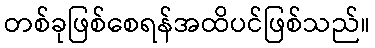
တစ်ခုဖြစ်စေရန်အထိပင်ဖြစ်သည်။